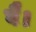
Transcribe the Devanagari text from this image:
वै।